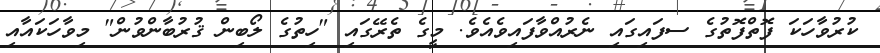
ކުރުވާހަކަ ފޮތްފޮތުގެ ސފައިގައި ނެރުއްވާފައިވެއެވެ. މީގެ ތެރޭގައި "ހިތުގެ ލޯބިން ޤުރުބާންވުން" މިވާހަކައާއި